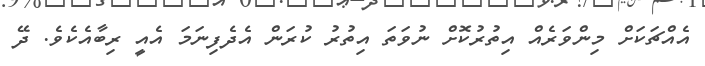
އެއްޗަކަށް މިންވަރެއް އިތުރުކޮށް ނުވަތަ އިތުރު ކުރަން އެދެފިނަމަ އެއީ ރިބާއެކެވެ. ދޭ